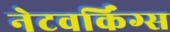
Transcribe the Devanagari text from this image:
नेटवर्किंग्स